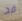
قد